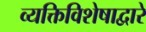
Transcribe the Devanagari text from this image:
व्यक्तिविशेषाद्वारे